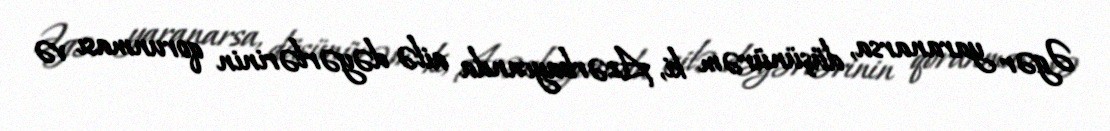
Əgər yaranarsa, düşünürəm ki, Azərbaycanda ailə dəyərlərinin qorunması və